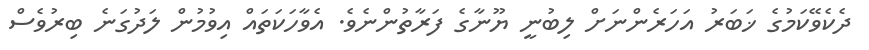
ދެކެވޭކަމުގެ ޚަބަރު އަހަރެންނަށް ލިބުނީ ޔޫނާގެ ފަރާތުންނެވެ. އެވާހަކަތައް އިވުމުން ލަދުގަނެ ބިރުވެސް